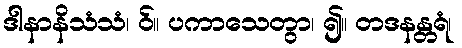
ဒါနာနိသံသံ၊ ဝ်။ ပကာသေတွာ၊ ၍။ တဒနန္တရံ၊